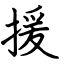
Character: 援